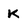
Character: K